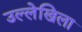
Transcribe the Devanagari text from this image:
उल्लेखिला